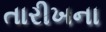
તારીખના